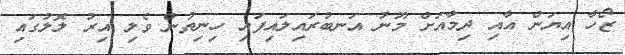
ޒޯހާ އިޔަން އާއި ދިމާއަށް މޫނު އަނބުރައިލައިފައި ހިނިތުން ވެލި އިރު ލޮލުގައި